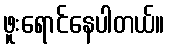
ဖူးရောင်နေပါတယ်။